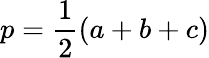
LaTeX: p=\frac{1}{2}(a+b+c)